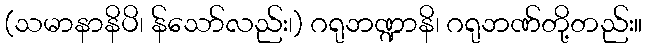
(သမာနာနိပိ၊ န်သော်လည်း၊) ဂရုဘဏ္ဍာနိ၊ ဂရုဘဏ်တို့တည်း။